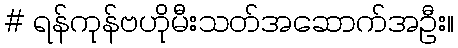
# ရန်ကုန်ဗဟိုမီးသတ်အဆောက်အဦး။